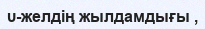
υ-желдің жылдамдығы ,